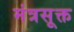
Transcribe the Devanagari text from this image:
मंत्रसूक्त